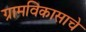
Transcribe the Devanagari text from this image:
ग्रामविकासाचे